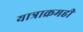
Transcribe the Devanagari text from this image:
यात्राक्रमही